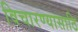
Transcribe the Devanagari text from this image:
विचारण्यासाठि